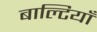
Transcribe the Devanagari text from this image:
बाल्टियाँ